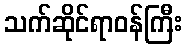
သက်ဆိုင်ရာဝန်ကြီး